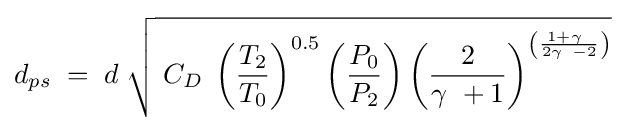
d_{ps}\;=\;d\;{\sqrt {\;C_{D}\;\left({\frac {T_{2}}{T_{0}}}\right)^{0.5}\left({\frac {P_{0}}{P_{2}}}\right)\left({\frac {2}{\gamma \ +1}}\right)^{\left({\frac {1+\gamma \ }{2\gamma \ -2}}\right)}}}